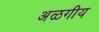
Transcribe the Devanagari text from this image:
अळगीय